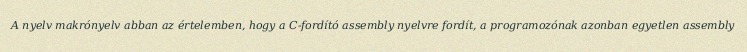
A nyelv makrónyelv abban az értelemben, hogy a C-fordító assembly nyelvre fordít, a programozónak azonban egyetlen assembly